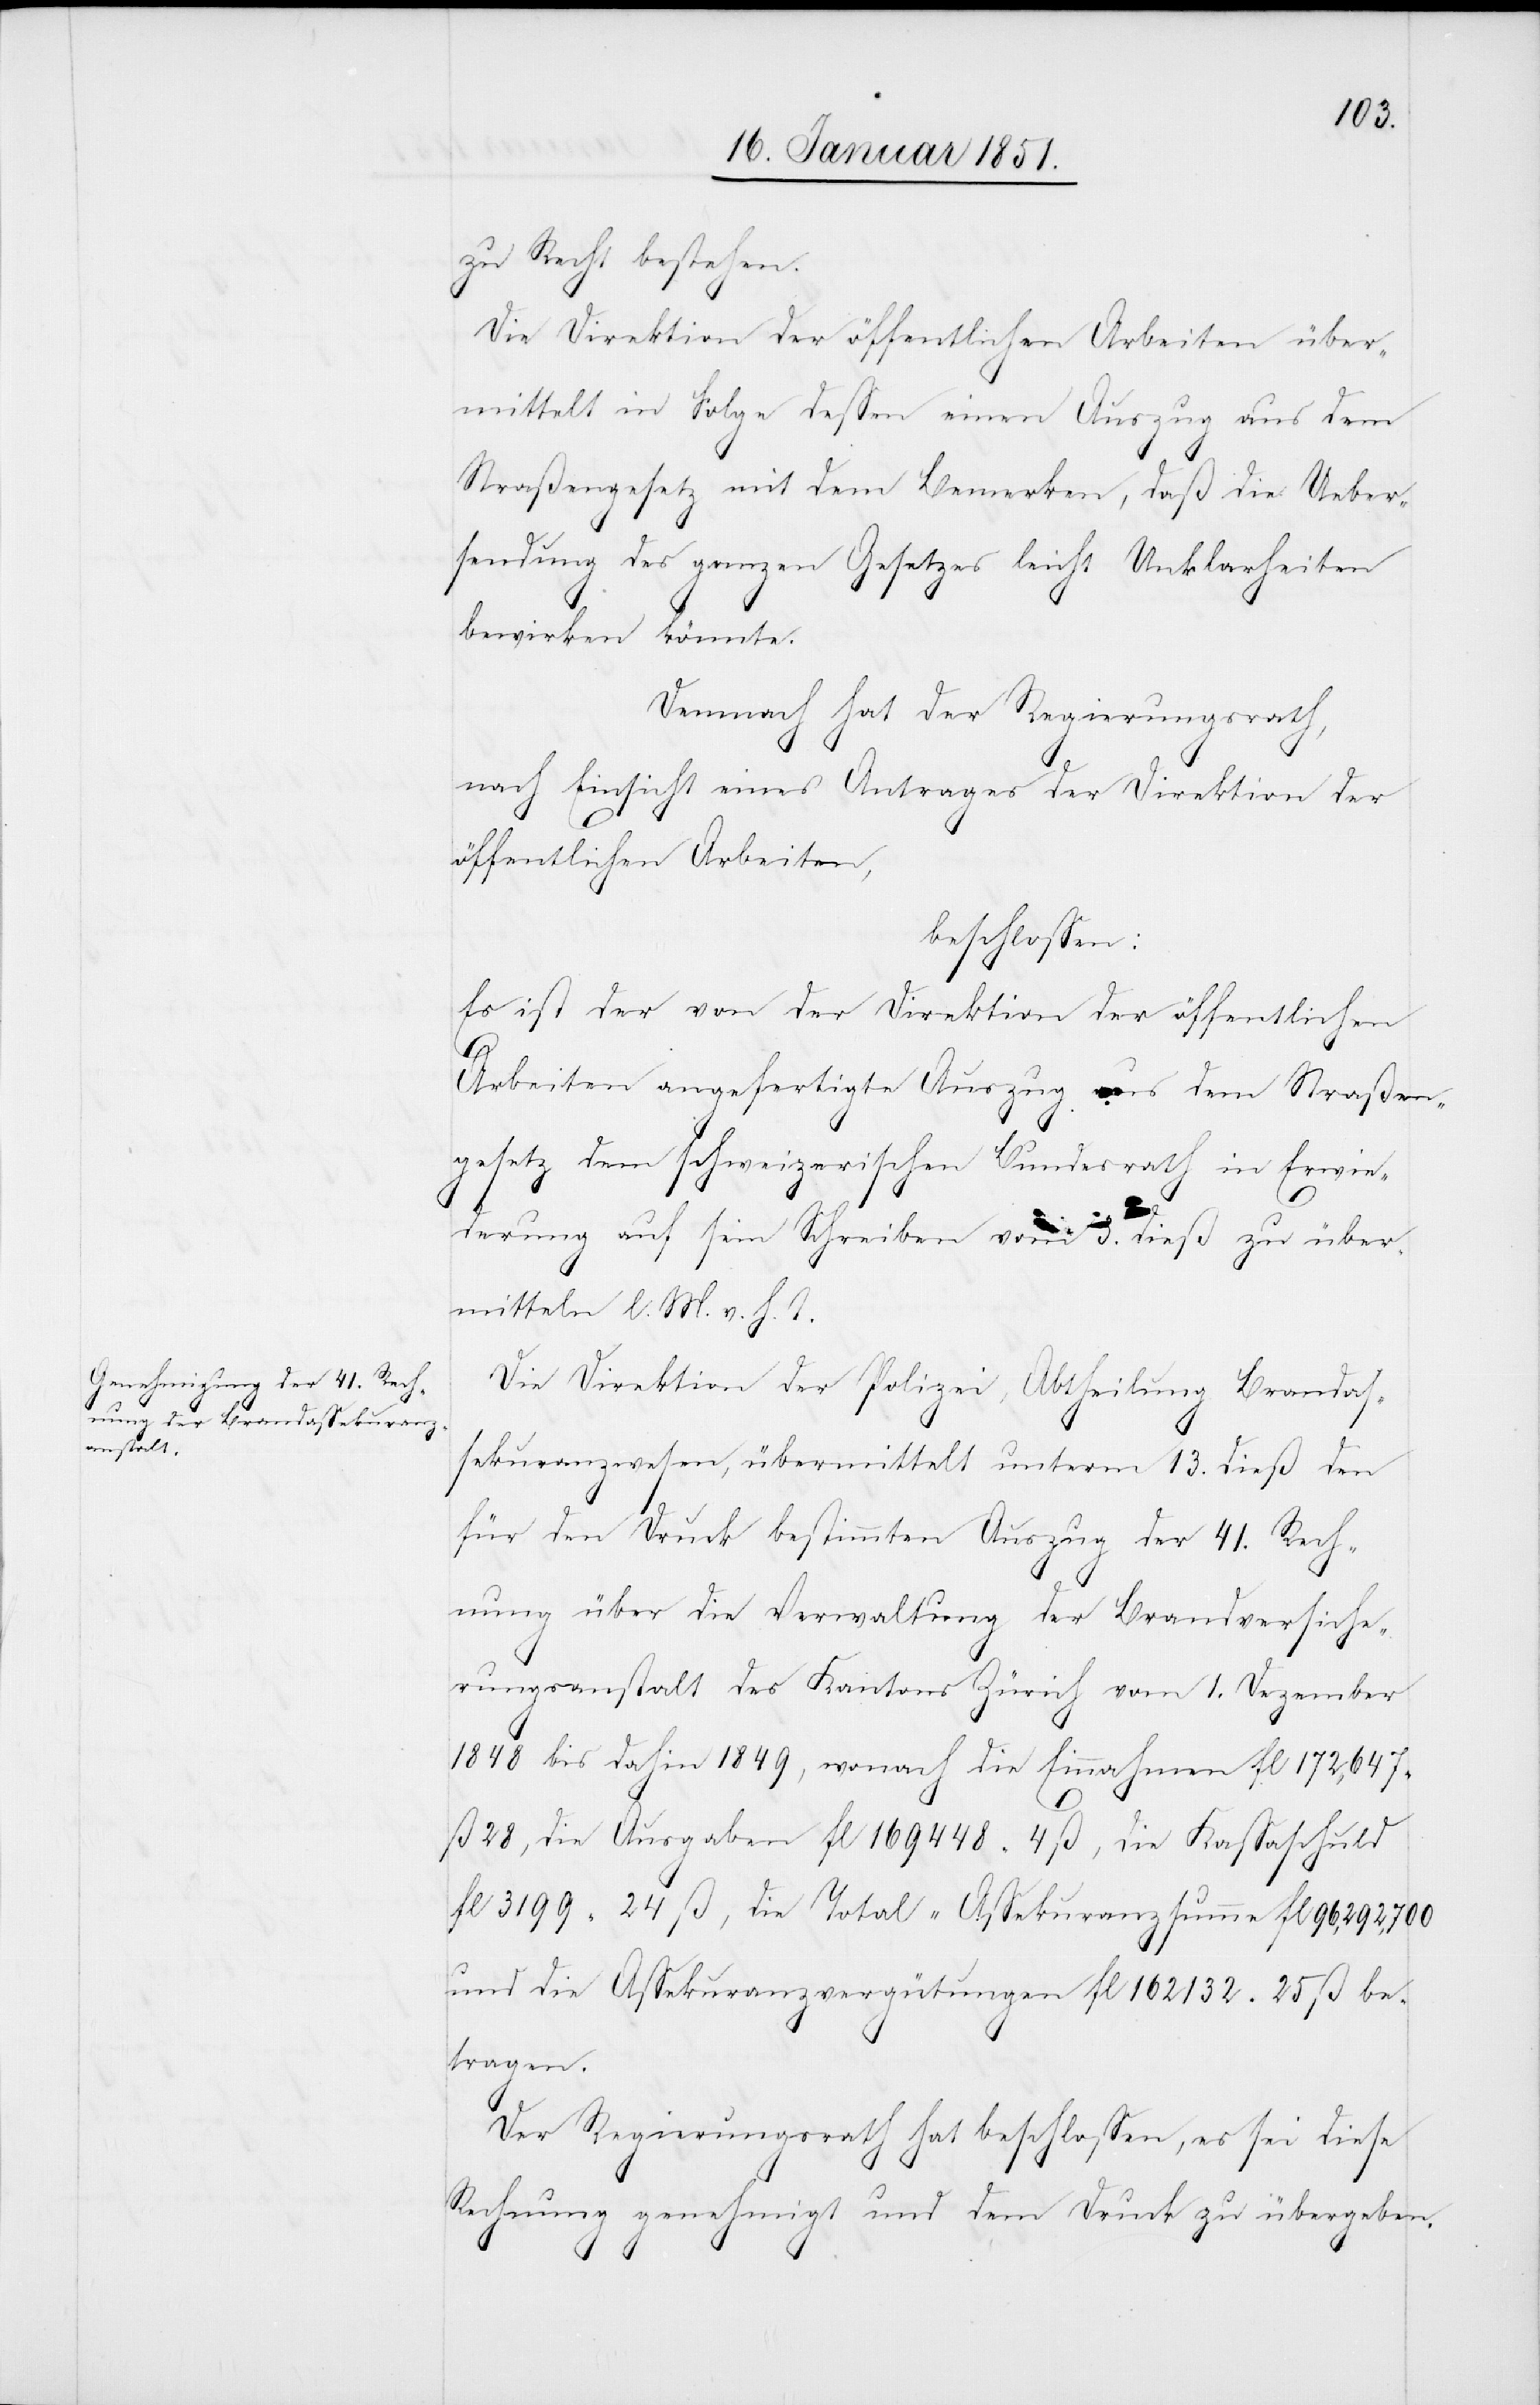
zu Recht bestehen.
Die Direktion der öffentlichen Arbeiten über¬
mittelt in Folge dessen einen Auszug aus dem
Straßengesetz mit dem Bemerken, daß die Ueber¬
sendung des ganzen Gesetzes leicht Unklarheiten
bewirken könnte.
Demnach hat der Regierungsrath,
nach Einsicht eines Antrages der Direktion der
öffentlichen Arbeiten,
beschlossen:
Es ist der von der Direktion der öffentlichen
Arbeiten angefertigte Auszug aus dem Straßen¬
gesetz dem schweizerischen Bundesrath in Erwie¬
derung auf sein Schreiben vom 3. dieß zu über¬
mitteln l. M. v. h. T.
Die Direktion der Polizei, Abtheilung Brandas¬
sekuranzwesen, übermittelt unterm 13. dieß den
für den Druck bestimmten Auszug der 41. Rech¬
nung über die Verwaltung der Brandversiche¬
rungsanstalt des Kantons Zürich vom 1. Dezember
1848 bis dahin 1849, wonach die Einnahmen fl 172,647
ß 28, die Ausgaben fl 169448 4 ß, die Kassaschuld
fl 3199 24 ß, die Total-Assekuranzsumme fl 96,292,700
und die Assekuranzvergütungen fl 162132 25 ß be¬
tragen.
Der Regierungsrath hat beschlossen, es sei diese
Rechnung genehmigt und dem Druck zu übergeben.